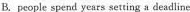
B.people spend years setting a deadline